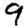
Digit: 9